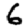
Digit: 6